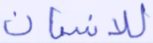
للإنسان